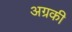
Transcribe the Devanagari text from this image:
अग्रकी